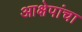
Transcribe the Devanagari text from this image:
आक्षेपांचा